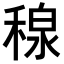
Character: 𥠘